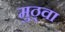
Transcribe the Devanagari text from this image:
मुठ्वा